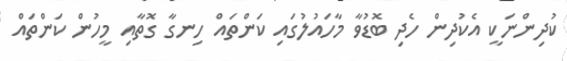
ކުދިންނަކީ އެކުދިން ހެދި ބޮޑުވާ މާހައުލުގައި ކަންތައް ހިނގާ ގޮތާއި މީހުން ކަންތައް